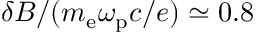
\delta B / ( m _ { \mathrm { e } } \omega _ { \mathrm { p } } c / e ) \simeq 0 . 8